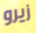
زيرو